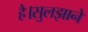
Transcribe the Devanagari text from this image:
है।सुलझाने